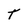
Character: T